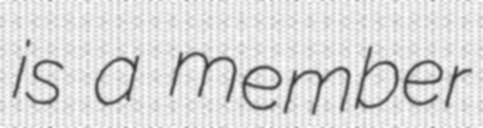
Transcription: is a member